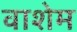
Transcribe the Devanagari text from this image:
वाशेम